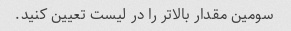
سومین مقدار بالاتر را در لیست تعیین کنید.